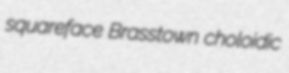
squareface Brasstown choloidic